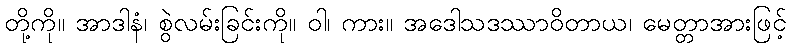
တို့ကို။ အာဒါနံ၊ စွဲလမ်းခြင်းကို။ ဝါ၊ ကား။ အဒေါသဒဿာဝိတာယ၊ မေတ္တာအားဖြင့်